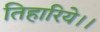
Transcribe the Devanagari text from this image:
तिहारिये।।